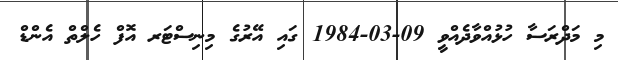
މި މަދްރަސާ ހުޅުއްވާދެއްވީ 09-03-1984 ގައި އޭރުގެ މިނިސްޓަރ އޮފް ހެލްތް އެންޑް